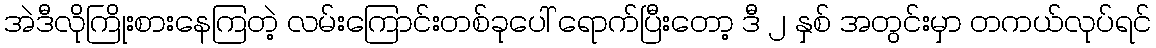
အဲဒီလိုကြိုးစားနေကြတဲ့ လမ်းကြောင်းတစ်ခုပေါ် ရောက်ပြီးတော့ ဒီ ၂ နှစ် အတွင်းမှာ တကယ်လုပ်ရင်